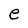
Character: e